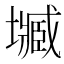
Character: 𡒤